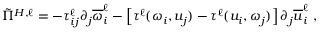
\tilde { \Pi } ^ { H , \ell } = - \tau _ { i j } ^ { \ell } \partial _ { j } \overline { { \omega } } _ { i } ^ { \ell } - \left[ \tau ^ { \ell } ( \omega _ { i } , u _ { j } ) - \tau ^ { \ell } ( u _ { i } , \omega _ { j } ) \right] \partial _ { j } \overline { { u } } _ { i } ^ { \ell } \ ,